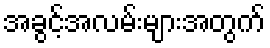
အခွင့်အလမ်းများအတွက်